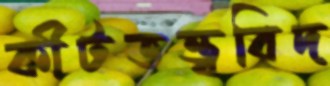
কীটতত্ত্ববিদ